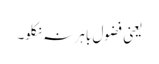
یعنی فضول باہر نہ نکلو۔